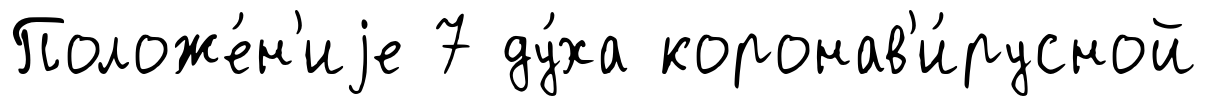
Положе́н'иjе 7 ду́ха коронав'и́русной